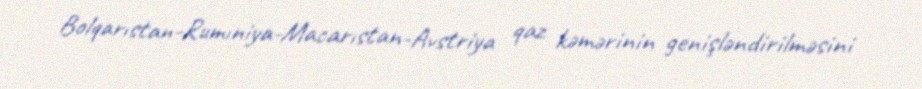
Bolqarıstan-Rumıniya-Macarıstan-Avstriya qaz kəmərinin genişləndirilməsini